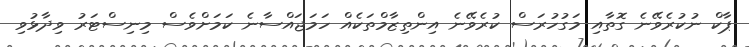
ޕާކް ނުކުރެވޭނެ ގޮތާއި މަގުހުރަސް ކުރެވޭނެ އިންތިޒާމްތަކެއް ހަމަޖައްސާނެ ކަމަށްވެސް މިނިސްޓަރު ވިދާޅުވި